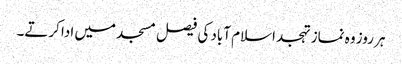
ہر روز وہ نماز تہجد اسلام آباد کی فیصل مسجد میں ادا کرتے۔